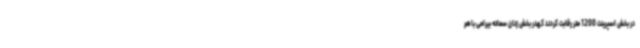
در بخش اسپرینت 1200 متر رقابت کردند کهدر بخش زنان سمانه بیرامی باهر